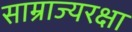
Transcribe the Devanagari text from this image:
साम्राज्यरक्षा